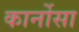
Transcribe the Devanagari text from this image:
कार्नोसा